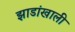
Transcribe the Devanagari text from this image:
झाडांखाली